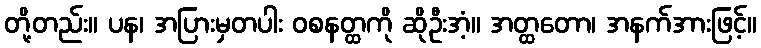
တို့တည်း။ ပန၊ အပြားမှတပါး ဝစနတ္ထကို ဆိုဦးအံ့။ အတ္ထတော၊ အနက်အားဖြင့်။